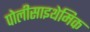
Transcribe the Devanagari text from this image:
पोलीसाइथेमिक